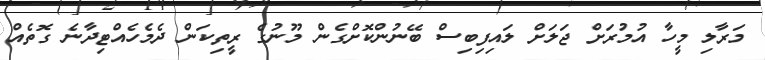
މަރާލި މީހާ އުމުރަށް ޖަލަށް ލައިފިބިސް ބޭނުންކޮށްގެން މޫނުގެ ރީތިކަން ދެމެހެއްޓިދާނެ ގޮތެއް